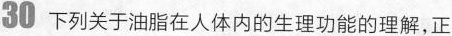
30 下列关于油脂在人体内的生理功能的理解，正